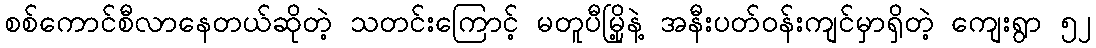
စစ်ကောင်စီလာနေတယ်ဆိုတဲ့ သတင်းကြောင့် မတူပီမြို့နဲ့ အနီးပတ်ဝန်းကျင်မှာရှိတဲ့ ကျေးရွာ ၅၂